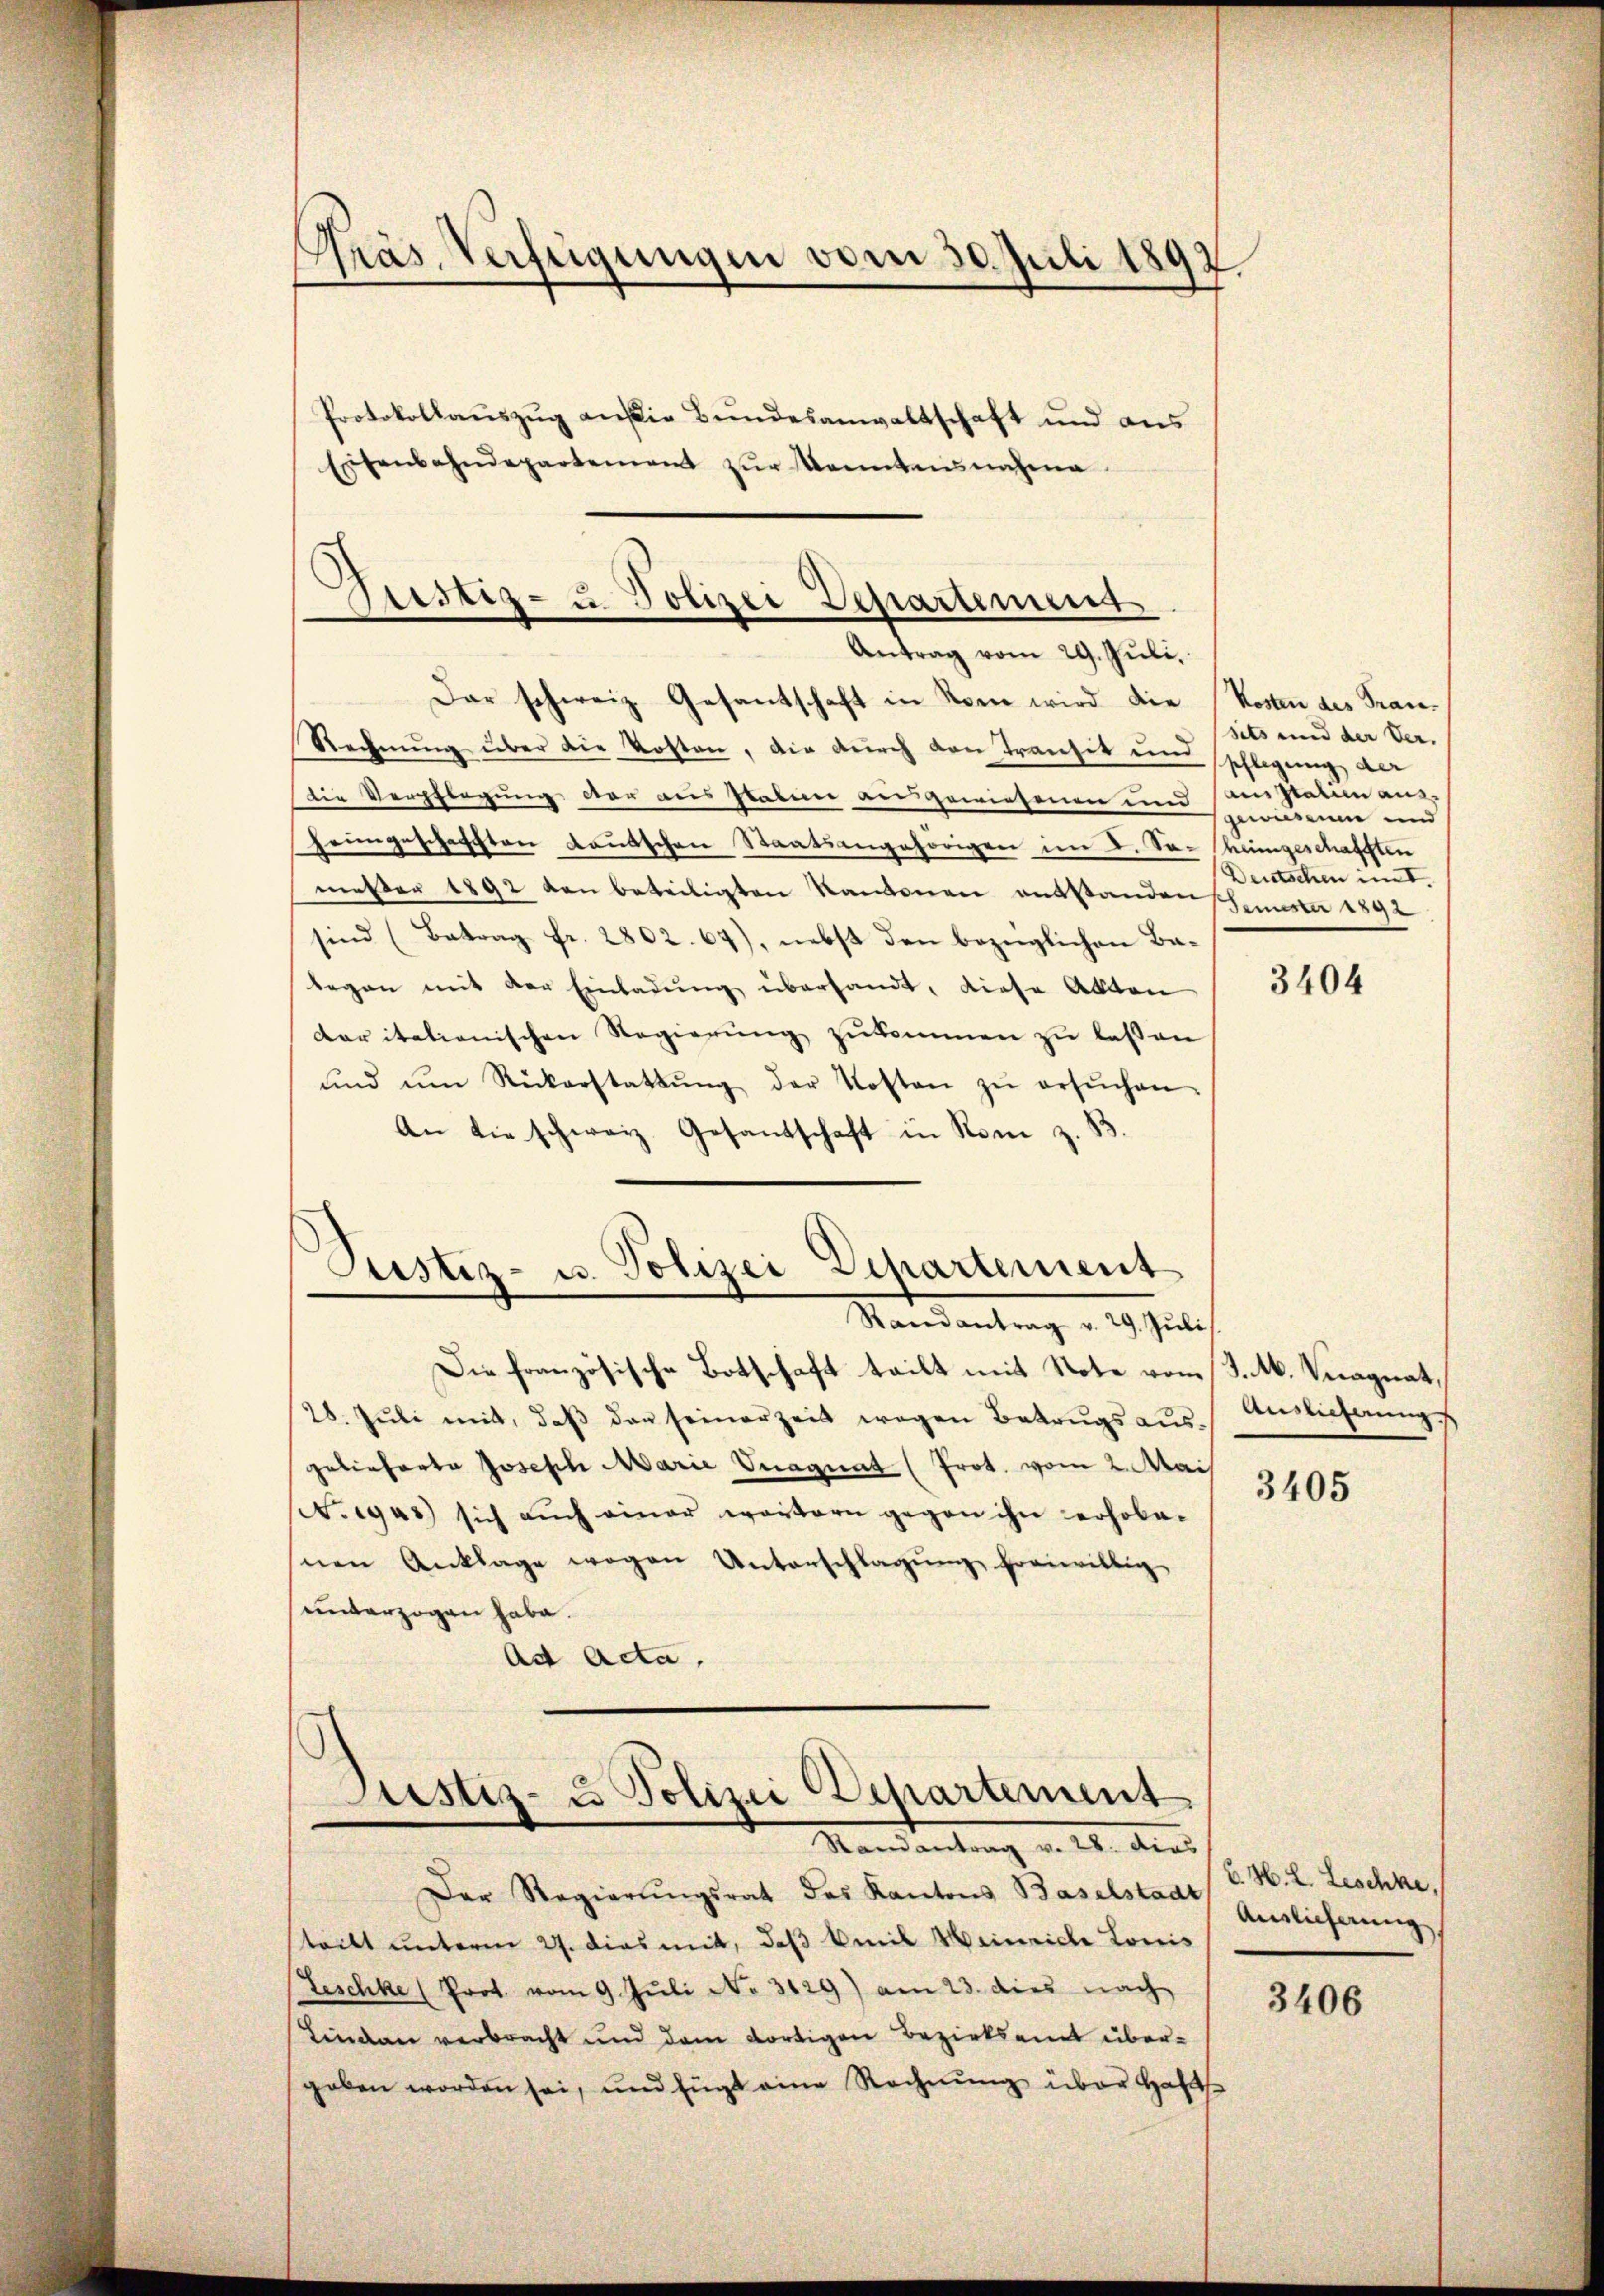
Präs. Verfügungen vom 30. Juli 1892.
Protokollaŭszŭg aŭfig Bŭndesanwaltschaft und aus
Eisenbahndepartement zŭr Kenntensnahme

Justiz- u. Polizei Departement
Antrag vom 29. Juli,

Dar schweiz. Gesantschaft in Rom wird die Kosten des Stan¬
Rechnŭng über die Kosten, die durch den Transit und Pflegung der
Die Verpflegung der dies Staben ausgewiesenen und anstation ausheimgeschafften Lautschen Staatsangehörigen im V. So-heimgeschafften
mester 1892 den beteiligten Kantonen entstanden Hemisti 1892
sind (Betrag Fr. 2802. 67), nebst den bezüglichen Balegen mit der Einladung überhandt, diese Akten
der italienischen Regierung zukommen zu lassen
ŭnd ŭm Rückerstattŭng der Kosten zŭ ersŭchen.
An die schweiz. Gesandtschaft in Rom z. B.
Justiz- u. Polizei Departement
Randantrag v. 29. Juli
Die französische Botschaft teilt mit Note vom 3. M. Vnagnat,
28. Jŭli mit, daβ das seinerzeit wegen Betrugsausgelieferte Joseph Marie Vuagnat (Prot. vom 2. Mai
3405
Negus) sich auch einer weitern gegen ihn erhobenen Anklage wegen Unterschlagŭng freiwillig
unterzogen habe.
Ad Acta.

Justiz- u Polizei Departement
Randantrag v. 28. dies

Der Regierungsrat des Kantons Baselstadt
tritt unterm 27. dies mit, daß weil Weinriche Louis
Zeschke (Prot. vom 9. Juli No 3129) am 23. dies nach
Lindau verbracht und dem dortigen Bezirksamt übergeben worden sei, und fügt eine Rechnŭng über Haft

sits und der Ver- |
gewiesenen und
Deutschen im I.

3404

Auslieferung

C. H. L. Leschne,
Auslieferung,

3406